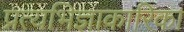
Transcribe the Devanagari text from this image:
प्रत्यभिज्ञाकारिका